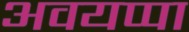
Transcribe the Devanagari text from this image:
अवयप्पा